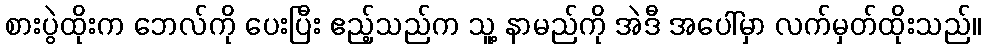
စားပွဲထိုးက ဘေလ်ကို ပေးပြီး ဧည့်သည်က သူ့ နာမည်ကို အဲဒီ အပေါ်မှာ လက်မှတ်ထိုးသည်။